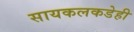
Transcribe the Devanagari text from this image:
सायकलकडेही